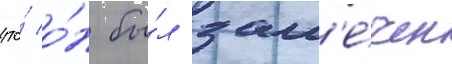
что́ о́н бы́л зам'е́чен